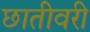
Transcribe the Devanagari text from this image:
छातीवरी